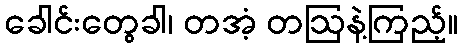
ခေါင်းတွေခါ၊ တအံ့ တဩနဲ့ကြည့်။